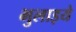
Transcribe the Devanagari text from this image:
भुलाइये